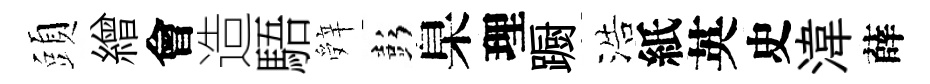
頭繒會造䮏辤彭臬理蹰浩紙英史湋薛